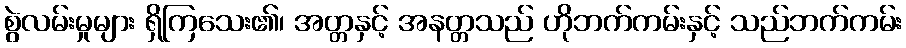
စွဲလမ်းမှုများ ရှိကြသေး၏၊ အတ္တနှင့် အနတ္တသည် ဟိုဘက်ကမ်းနှင့် သည်ဘက်ကမ်း